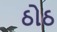
ઠોઠ